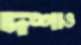
দশাও